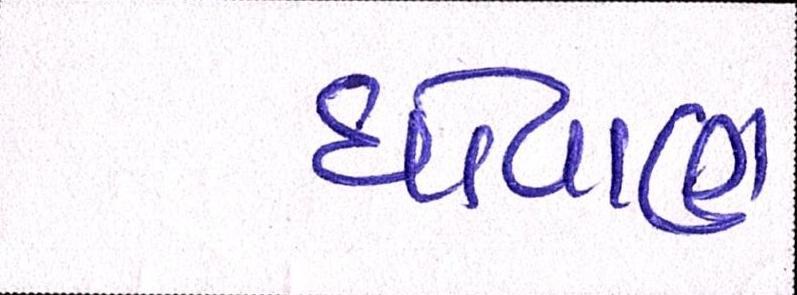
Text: ધોવાણ